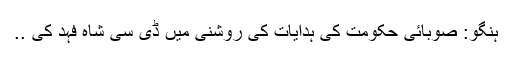
ہنگو: صوبائی حکومت کی ہدایات کی روشنی میں ڈی سی شاہ فہد کی ..